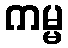
ကမ္မ